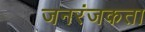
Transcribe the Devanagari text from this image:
जनरंजकता